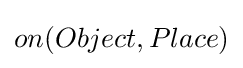
on(Object,Place)